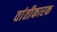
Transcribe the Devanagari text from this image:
वांतीकारक